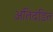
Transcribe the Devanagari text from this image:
अतिदंडित